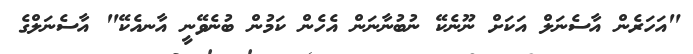
"އަހަރެން އާސެނަލް އަކަށް ނޫނެކޭ ނުބުނާނަން އެހެން ކަމުން ބުނެވޭނީ އާނއެކޭ" އާސެނަލްގެ